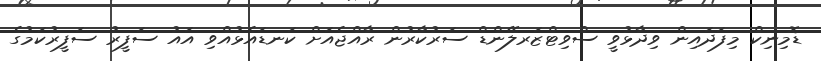
ޑޮމިނިކް މިފަދައިން ވިދާޅުވީ ސްވިޓްޒަރލޭންޑް ސަރުކާރުން ރާއްޖެއަށް ކަނޑައެޅުއްވި އައު ސަފީރު ސަފީރުކަމުގެ